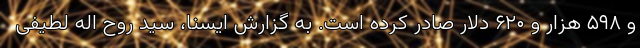
و ۵۹۸ هزار و ۶۲۰ دلار صادر کرده است. به گزارش ایسنا، سید روح اله لطیفی